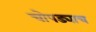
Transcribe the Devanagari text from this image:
चोपड्याच